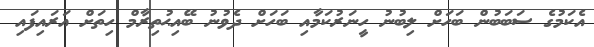
އެކަމުގެ ސަބަބުން ބަހަށް ލިބުނު ހީނަރުކަމާއި ބަހަށް ދެވުނު ބޭއިޙުތިރާމް ހިތަށް އަރައިފައި